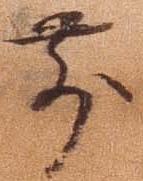
前